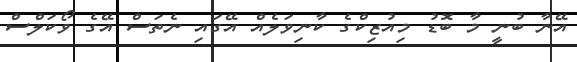
އޭނާ ބުނީ މާ ބޮޑު މިއުޒިކްގެ ކާނިވަލެއް އޭގައި ނެތަސް އޭގެ ވޯކަލްސް